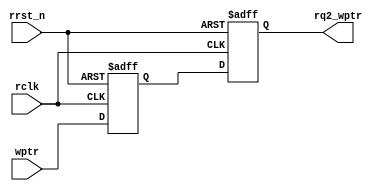
`timescale 1ns / 1ps
module sync_w2r #(parameter ADDRSIZE = 4)
				 (output reg [ADDRSIZE:0] rq2_wptr,			//Base representation *q2_!ptr where the *q2 represents the domain to which the !ptr has to be synchronized to
 				  input [ADDRSIZE:0] wptr,			//Write pointer to be synchronized to the read clock domain
				  input rclk, rrst_n);			//rclk --> read clock, rrst_n --> read clock reset

reg [ADDRSIZE:0] rq1_wptr;			//Basic Synchronization scheme by using two registers in the path of the two signals (two different domains) and use one as the reference

always @(posedge rclk or negedge rrst_n)
if (!rrst_n) {rq2_wptr,rq1_wptr} <= 0;
else {rq2_wptr,rq1_wptr} <= {rq1_wptr,wptr};			//Simple register shift to synchronize
endmodule